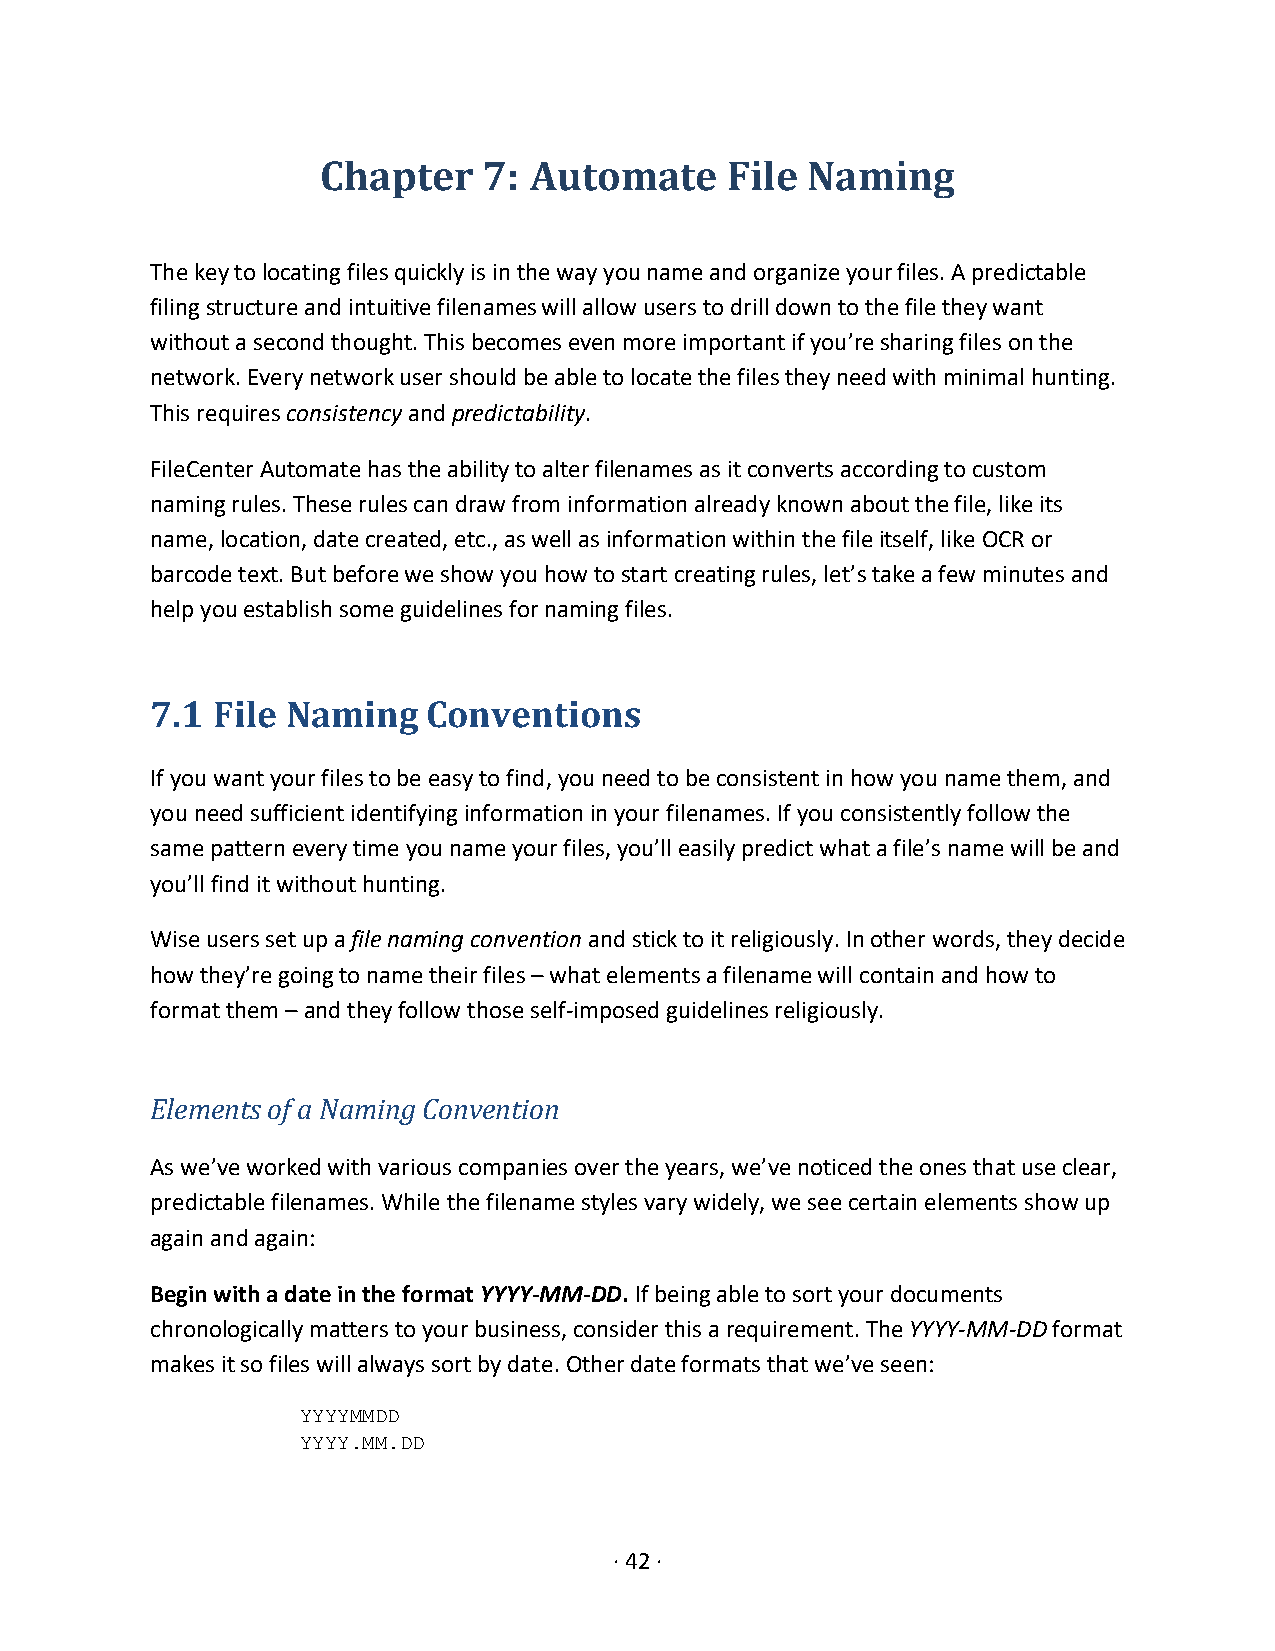
Chapter    7: Automate     File Naming
 The key to locating files quickly is in the way you name and organize your files. A predictable
 filing structure and intuitive filenames will allow users to drill down to the file they want
 without a second thought. This becomes even more important if you’re sharing files on the
 network. Every network user should be able to locate the files they need with minimal hunting.
 This requires consistency and predictability.
 FileCenter Automate has the ability to alter filenames as it converts according to custom
 naming rules. These rules can draw from information already known about the file, like its
 name, location, date created, etc., as well as information within the file itself, like OCR or
 barcode text. But before we show you how to start creating rules, let’s take a few minutes and
 help you establish some guidelines for naming files.
 7.1 File Naming   Conventions
 If you want your files to be easy to find, you need to be consistent in how you name them, and
 you need sufficient identifying information in your filenames. If you consistently follow the
 same pattern every time you name your files, you’ll easily predict what a file’s name will be and
 you’ll find it without hunting.
 Wise users set up a file naming convention and stick to it religiously. In other words, they decide
 how they’re going to name their files – what elements a filename will contain and how to
 format them – and they follow those self-imposed guidelines religiously.
 Elements of a Naming Convention
 As we’ve worked with various companies over the years, we’ve noticed the ones that use clear,
 predictable filenames. While the filename styles vary widely, we see certain elements show up
 again and again:
 Begin with a date in the format YYYY-MM-DD. If being able to sort your documents
 chronologically matters to your business, consider this a requirement. The YYYY-MM-DD format
 makes it so files will always sort by date. Other date formats that we’ve seen:
 YYYYMMDD
 YYYY.MM.DD
 · 42 ·